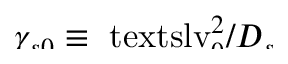
\smash { \gamma _ { s 0 } \equiv \ensuremath { \mathrm { \ t e x t s l { v } } _ { 0 } } ^ { 2 } / \ensuremath { D _ { s } } }